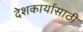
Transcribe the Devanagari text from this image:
देशकार्यासाठी